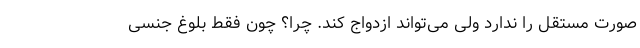
صورت مستقل را ندارد ولی می‌تواند ازدواج کند. چرا؟ چون فقط بلوغ جنسی